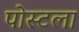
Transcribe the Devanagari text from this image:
पोस्टला